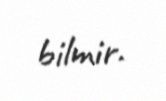
bilmir.